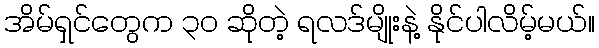
အိမ်ရှင်တွေက ၃၀ ဆိုတဲ့ ရလဒ်မျိုးနဲ့ နိုင်ပါလိမ့်မယ်။